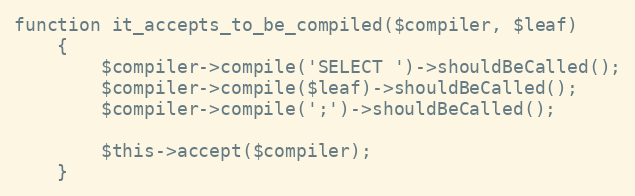
Language: PHP
function it_accepts_to_be_compiled($compiler, $leaf)
    {
        $compiler->compile('SELECT ')->shouldBeCalled();
        $compiler->compile($leaf)->shouldBeCalled();
        $compiler->compile(';')->shouldBeCalled();

        $this->accept($compiler);
    }